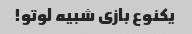
یکنوع بازی شبیه لوتو!